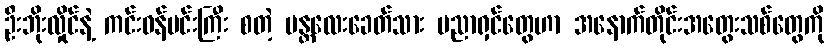
ဦးဘိုးလှိုင်နဲ့ ကင်းဝန်မင်းကြီး စတဲ့ မန္တလေးခေတ်သား ပညာရှင်တွေဟာ အနောက်တိုင်းအတွေးသစ်တွေကို